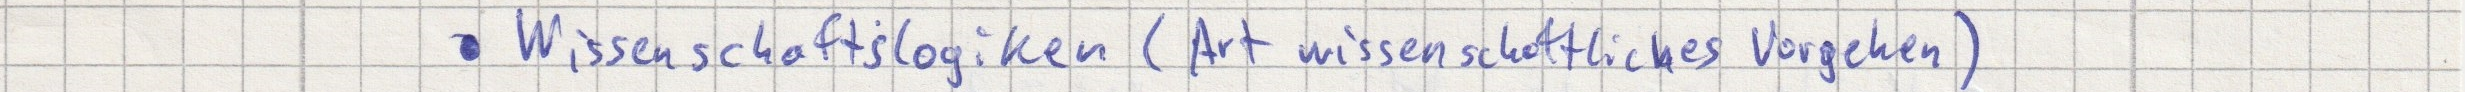
- Wissenschaftslogiken (Art wissenschaftliches Vorgehen)